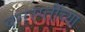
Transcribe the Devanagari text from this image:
वनस्प्तींच्या